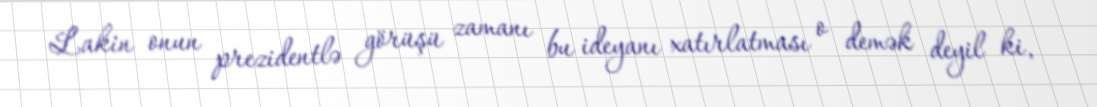
Lakin onun prezidentlə görüşü zamanı bu ideyanı xatırlatması o demək deyil ki,